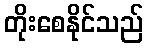
တိုးစေနိုင်သည်